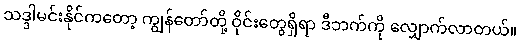
သဒ္ဒါမင်းနိုင်ကတော့ ကျွန်တော်တို့ ဝိုင်းတွေရှိရာ ဒီဘက်ကို လျှောက်လာတယ်။